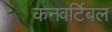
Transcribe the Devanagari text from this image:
कनवर्टिबल